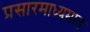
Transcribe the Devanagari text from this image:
प्रसारमाध्यमात